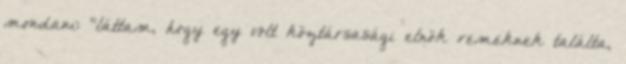
mondani: "láttam, hogy egy volt köztársasági elnök remeknek találta,